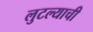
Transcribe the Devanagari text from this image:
लुटल्याची